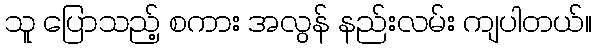
သူ ပြောသည့် စကား အလွန် နည်းလမ်း ကျပါတယ်။